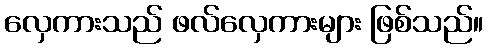
လှေကားသည် ဖလ်လှေကားများ ဖြစ်သည်။